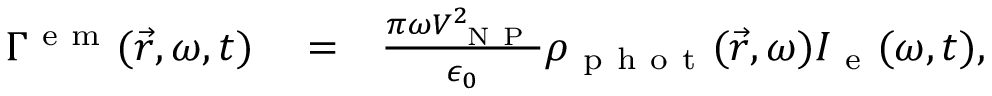
\begin{array} { r l r } { \Gamma ^ { \mathrm { ~ e ~ m ~ } } ( \vec { r } , \omega , t ) } & { { } = } & { \frac { \pi \omega V _ { \mathrm { ~ N ~ P ~ } } ^ { 2 } } { \epsilon _ { 0 } } \rho _ { \mathrm { ~ p ~ h ~ o ~ t ~ } } ( \vec { r } , \omega ) I _ { \mathrm { ~ e ~ } } ( \omega , t ) , } \end{array}